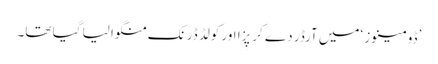
’ڈومینوز ‘میں آرڈر دے کر پِزا اور کولڈ ڈرنک منگوا لیا گیا تھا۔